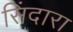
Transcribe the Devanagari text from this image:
सिंदारा